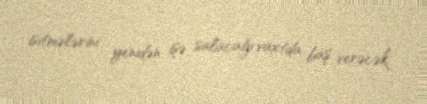
isitmələrini yenidən işə salacağı vaxtda baş verəcək.